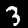
Label: 3